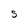
Character: S